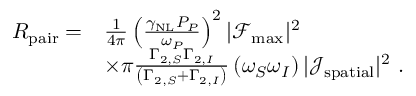
\begin{array} { r l } { R _ { \mathrm { p a i r } } = } & { \frac { 1 } { 4 \pi } \left( \frac { \gamma _ { \mathrm { N L } } P _ { P } } { \omega _ { P } } \right) ^ { 2 } | \mathcal { F } _ { \mathrm { m a x } } | ^ { 2 } } \\ & { \times \pi \frac { \Gamma _ { 2 , S } \Gamma _ { 2 , I } } { \left( \Gamma _ { 2 , S } + \Gamma _ { 2 , I } \right) } \left( \omega _ { S } \omega _ { I } \right) | \mathcal { J } _ { \mathrm { s p a t i a l } } | ^ { 2 } \ . } \end{array}